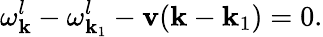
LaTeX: \omega_{\mathbf k}^{l}-\omega_{{\mathbf k}_{1}}^{l}-{\mathbf v}({\mathbf k}-{\mathbf k}_{1})=0.